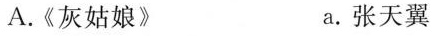
A.《灰姑娘》 a。张天翼